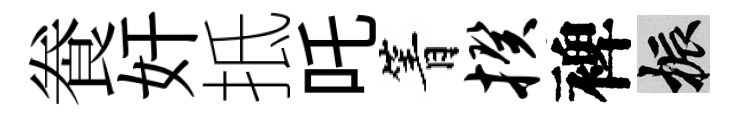
飬奸抵吒箐揆裨振